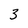
Character: 3